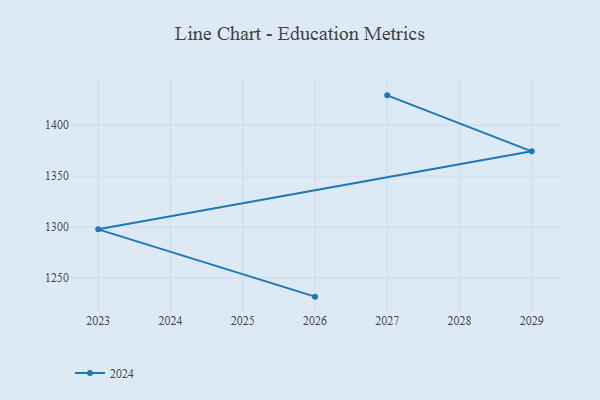
{"axis": {"x": "Year", "y": "Gross Profit (USD K)"}, "legend": ["2024"], "data": [{"x": "2026", "y": 1231.6, "type": "2024"}, {"x": "2023", "y": 1297.7, "type": "2024"}, {"x": "2029", "y": 1374.3, "type": "2024"}, {"x": "2027", "y": 1429.3, "type": "2024"}]}